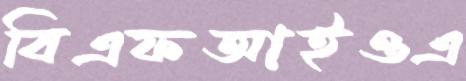
বিএফআইওএ